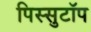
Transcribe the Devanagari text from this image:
पिस्सुटॉप